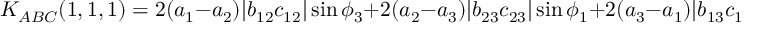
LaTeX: K _ { A B C } ( 1 , 1 , 1 ) = 2 ( a _ { 1 } - a _ { 2 } ) \vert b _ { 1 2 } c _ { 1 2 } \vert \sin \phi _ { 3 } + 2 ( a _ { 2 } - a _ { 3 } ) \vert b _ { 2 3 } c _ { 2 3 } \vert \sin \phi _ { 1 } + 2 ( a _ { 3 } - a _ { 1 } ) \vert b _ { 1 3 } c _ { 1 3 } \vert \sin \phi _ { 2 } \; .